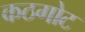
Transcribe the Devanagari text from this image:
कठगोट